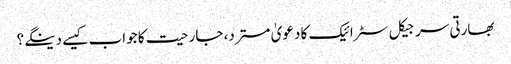
بھارتی سرجیکل سٹرائیک کا دعویٰ مسترد، جارحیت کا جواب کیسے دینگے؟